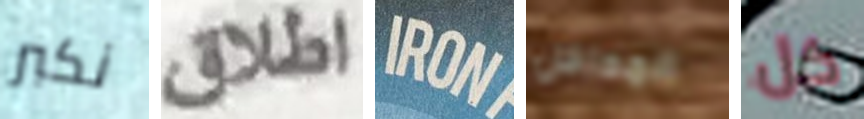
نكبر اطلاق IRON المداخل كل